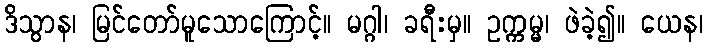
ဒိသွာန၊ မြင်တော်မူသောကြောင့်။ မဂ္ဂါ၊ ခရီးမှ။ ဥက္ကမ္မ၊ ဖဲခဲ့၍။ ယေန၊